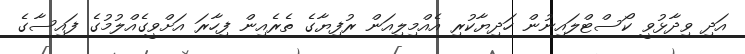
އަދި ވިދާޅުވީ ކޯސްޓްލައިނުން ހަދިޔާކުރި އެއްމިލިއަން ރުފިޔާގެ ތެރެއިން ފިހާރަ އަށްވީގެއްލުމުގެ ފައިސާގެ